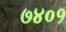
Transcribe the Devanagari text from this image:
७४०१